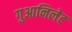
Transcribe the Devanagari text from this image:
गुआनिलेट